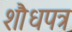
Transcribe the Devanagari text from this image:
शौधपत्र